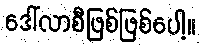
ဒေါ်လာစီဖြစ်ဖြစ်ပေါ့။